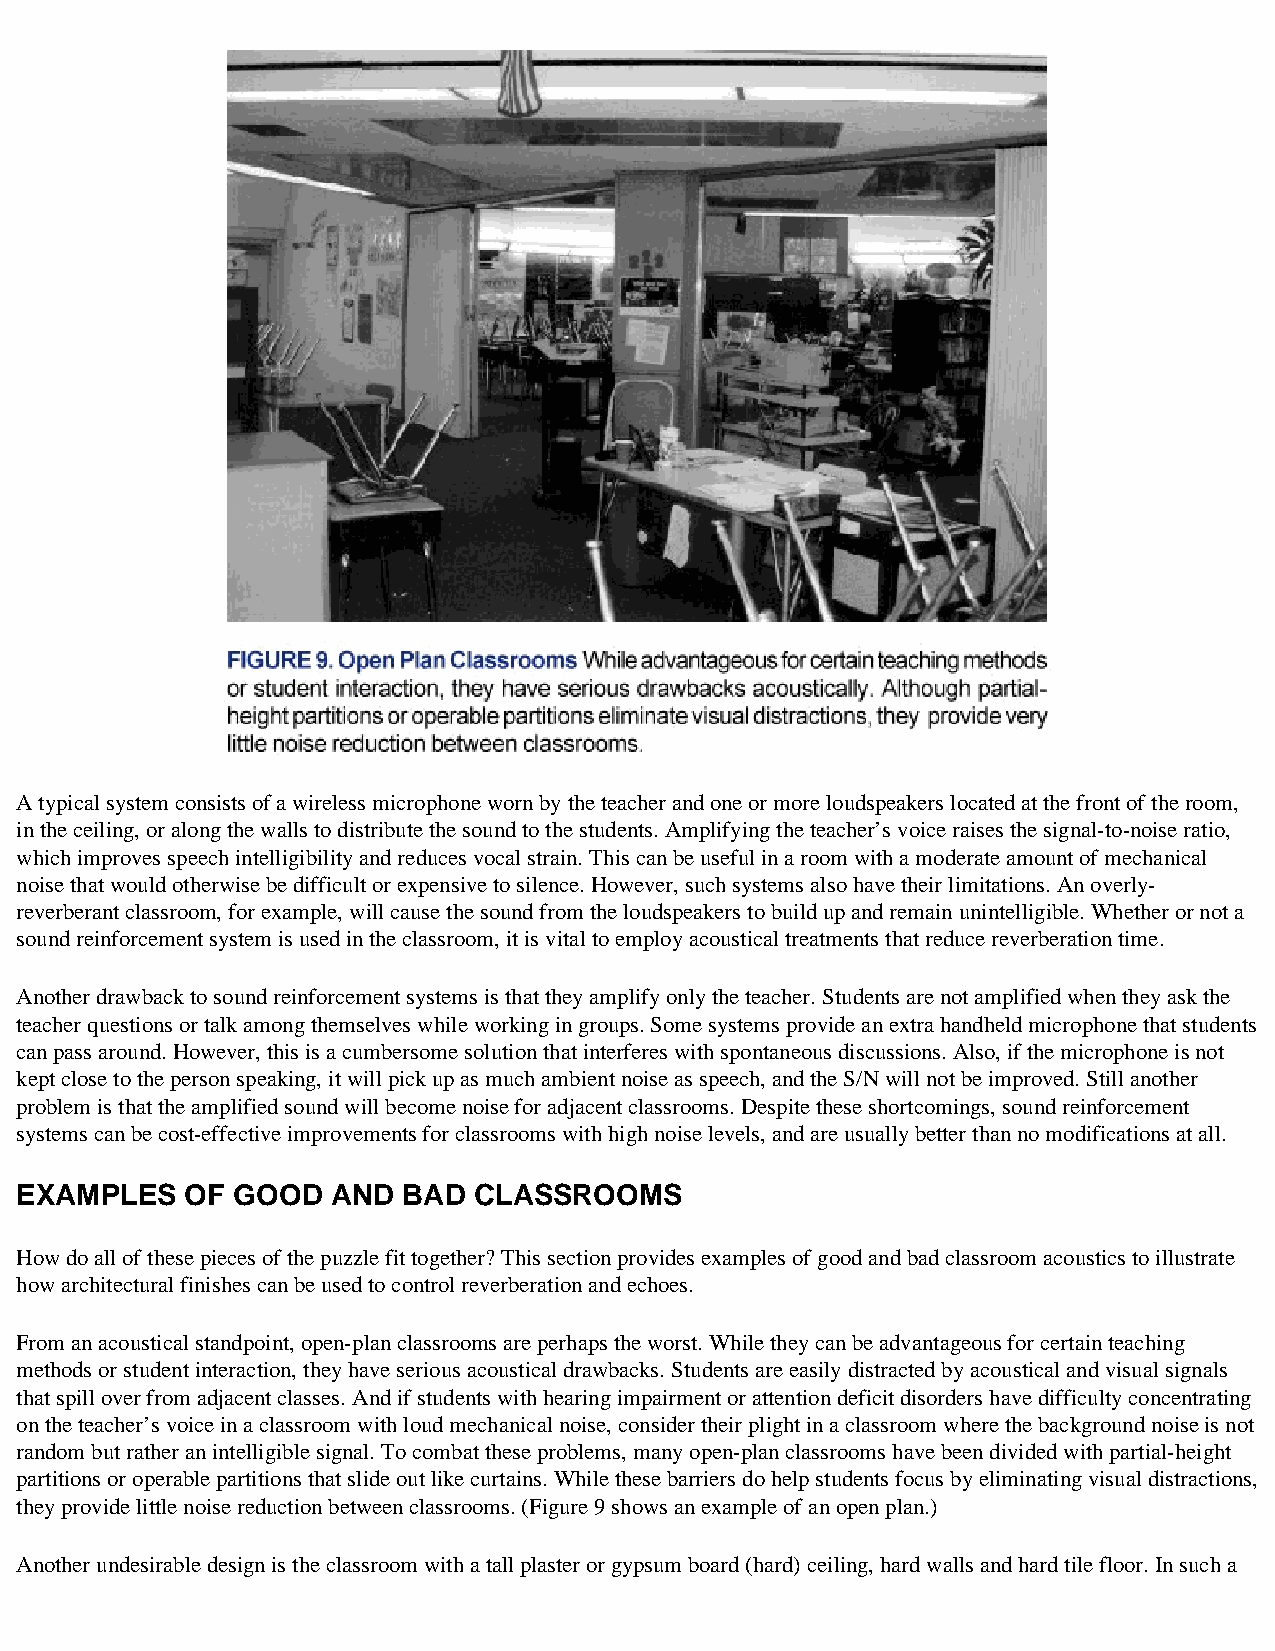
A typical system consists of a wireless microphone worn by the teacher and one or more loudspeakers located at the front of the room,
 in the ceiling, or along the walls to distribute the sound to the students. Amplifying the teacher’s voice raises the signal-to-noise ratio,
 which improves speech intelligibility and reduces vocal strain. This can be useful in a room with a moderate amount of mechanical
 noise that would otherwise be difficult or expensive to silence. However, such systems also have their limitations. An overly-
 reverberant classroom, for example, will cause the sound from the loudspeakers to build up and remain unintelligible. Whether or not a
 sound reinforcement system is used in the classroom, it is vital to employ acoustical treatments that reduce reverberation time.
 Another drawback to sound reinforcement systems is that they amplify only the teacher. Students are not amplified when they ask the
 teacher questions or talk among themselves while working in groups. Some systems provide an extra handheld microphone that students
 can pass around. However, this is a cumbersome solution that interferes with spontaneous discussions. Also, if the microphone is not
 kept close to the person speaking, it will pick up as much ambient noise as speech, and the S/N will not be improved. Still another
 problem is that the amplified sound will become noise for adjacent classrooms. Despite these shortcomings, sound reinforcement
 systems can be cost-effective improvements for classrooms with high noise levels, and are usually better than no modifications at all.
 EXAMPLES   OF GOOD   AND  BAD CLASSROOMS
 How do all of these pieces of the puzzle fit together? This section provides examples of good and bad classroom acoustics to illustrate
 how architectural finishes can be used to control reverberation and echoes.
 From an acoustical standpoint, open-plan classrooms are perhaps the worst. While they can be advantageous for certain teaching
 methods or student interaction, they have serious acoustical drawbacks. Students are easily distracted by acoustical and visual signals
 that spill over from adjacent classes. And if students with hearing impairment or attention deficit disorders have difficulty concentrating
 on the teacher’s voice in a classroom with loud mechanical noise, consider their plight in a classroom where the background noise is not
 random but rather an intelligible signal. To combat these problems, many open-plan classrooms have been divided with partial-height
 partitions or operable partitions that slide out like curtains. While these barriers do help students focus by eliminating visual distractions,
 they provide little noise reduction between classrooms. (Figure 9 shows an example of an open plan.)
 Another undesirable design is the classroom with a tall plaster or gypsum board (hard) ceiling, hard walls and hard tile floor. In such a